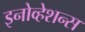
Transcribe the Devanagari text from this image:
इनोव्हेशन्स